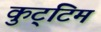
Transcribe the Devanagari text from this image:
कुट्‌टिम